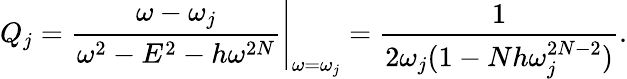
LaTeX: Q_{j}={\frac{\omega-\omega_{j}}{\omega^{2}-E^{2}-h\omega^{2N}}}\Bigg|_{\omega=\omega_{j}}={\frac{1}{2\omega_{j}(1-Nh\omega_{j}^{2N-2})}}.